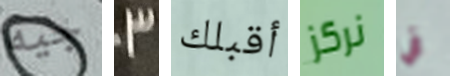
جيه 3 أقبلك نركز في